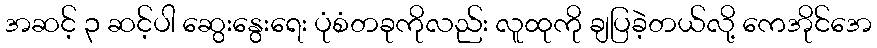
အဆင့် ၃ ဆင့်ပါ ဆွေးနွေးရေး ပုံစံတခုကိုလည်း လူထုကို ချပြခဲ့တယ်လို့ ကေအိုင်အေ